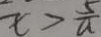
x > \frac { 5 } { a }